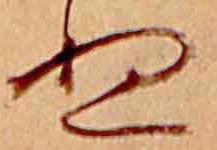
ぬ